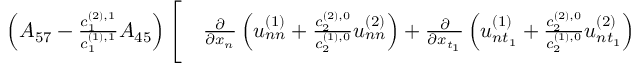
\begin{array} { r l } { \left( A _ { 5 7 } - \frac { c _ { 1 } ^ { ( 2 ) , 1 } } { c _ { 1 } ^ { ( 1 ) , 1 } } A _ { 4 5 } \right) \Bigg [ } & { { } \frac { \partial } { \partial x _ { n } } \left( u _ { n n } ^ { ( 1 ) } + \frac { c _ { 2 } ^ { ( 2 ) , 0 } } { c _ { 2 } ^ { ( 1 ) , 0 } } u _ { n n } ^ { ( 2 ) } \right) + \frac { \partial } { \partial x _ { t _ { 1 } } } \left( u _ { n t _ { 1 } } ^ { ( 1 ) } + \frac { c _ { 2 } ^ { ( 2 ) , 0 } } { c _ { 2 } ^ { ( 1 ) , 0 } } u _ { n t _ { 1 } } ^ { ( 2 ) } \right) } \end{array}